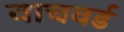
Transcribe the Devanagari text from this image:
वाचवर्ड